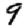
Digit: 9